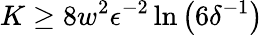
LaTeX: K\ge 8w^{2}\epsilon^{-2}\ln\left(6\delta^{-1}\right)